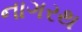
નાગરથ